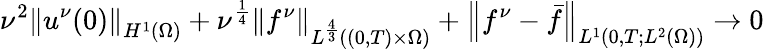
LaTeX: \nu^{2}\left\lVert u^{\nu}(0)\right\rVert_{H^{1}(\Omega)}+\nu^{\frac 14}\left\lVert f^{\nu}\right\rVert_{L^{\frac 43}((0,T)\times\Omega)}+\left\lVert f^{\nu}-\bar{f}\right\rVert_{L^{1}(0,T;L^{2}(\Omega))}\to 0